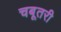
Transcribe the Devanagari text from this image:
चबूतरी